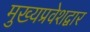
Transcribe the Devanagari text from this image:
मुख्यप्रवेशद्वार